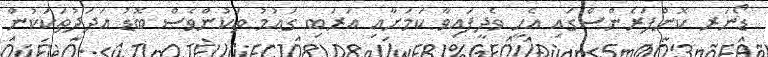
ޑޯނަރ ކޮންފަރެންސްގައި އެހީ ވެދީފައިވާ ކަމަށާއި އަރަބި ގައުމު ތަކުންވެސް ބޮޑު އަދަދުތަކަކުން